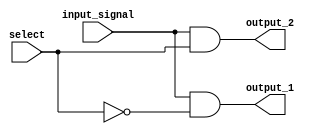
module demux (
  input wire input_signal,
  input wire select,
  output reg output_1,
  output reg output_2
);

  assign output_1 = (input_signal & ~select);
  assign output_2 = (input_signal & select);

endmodule